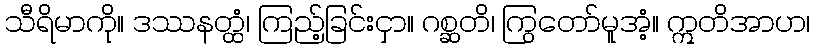
သီရိမာကို။ ဒဿနတ္ထံ၊ ကြည့်ခြင်းငှာ။ ဂစ္ဆတိ၊ ကြွတော်မူအံ့။ ဣတိအာဟ၊